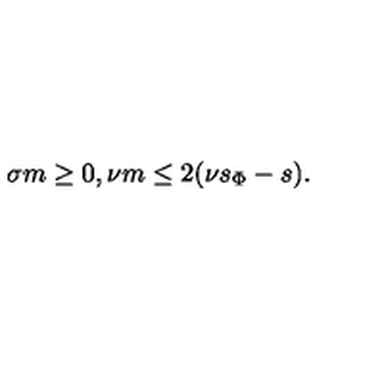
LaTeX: \sigma m \ge 0 , \nu m \le 2 ( \nu s _ { \Phi } - s ) .